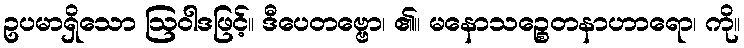
ဥပမာရှိသော ဩဝါဒဖြင့်။ ဒီပေတဗ္ဗော၊ ၏။ မနောသဉ္စေတနာဟာရော၊ ကို။